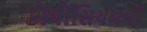
કોલોસિયમની